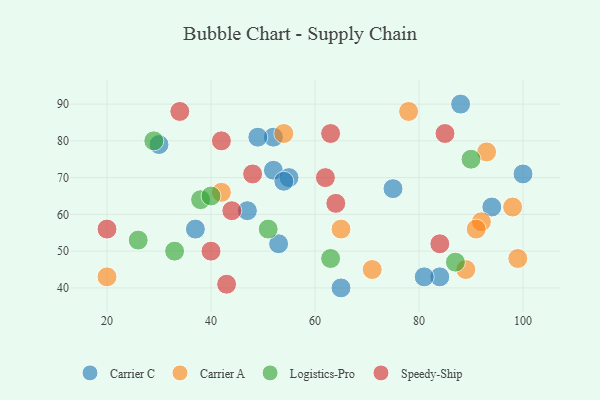
{"axis": {"x": "GDP", "y": "Life Expectancy"}, "legend": ["Carrier A", "Carrier C", "Logistics-Pro", "Speedy-Ship"], "data": [{"x": "30", "y": 79, "type": "Carrier C"}, {"x": "65", "y": 40, "type": "Carrier C"}, {"x": "88", "y": 90, "type": "Carrier C"}, {"x": "37", "y": 56, "type": "Carrier C"}, {"x": "52", "y": 72, "type": "Carrier C"}, {"x": "100", "y": 71, "type": "Carrier C"}, {"x": "75", "y": 67, "type": "Carrier C"}, {"x": "47", "y": 61, "type": "Carrier C"}, {"x": "84", "y": 43, "type": "Carrier C"}, {"x": "55", "y": 70, "type": "Carrier C"}, {"x": "52", "y": 81, "type": "Carrier C"}, {"x": "81", "y": 43, "type": "Carrier C"}, {"x": "94", "y": 62, "type": "Carrier C"}, {"x": "54", "y": 69, "type": "Carrier C"}, {"x": "49", "y": 81, "type": "Carrier C"}, {"x": "53", "y": 52, "type": "Carrier C"}, {"x": "20", "y": 43, "type": "Carrier A"}, {"x": "65", "y": 56, "type": "Carrier A"}, {"x": "54", "y": 82, "type": "Carrier A"}, {"x": "93", "y": 77, "type": "Carrier A"}, {"x": "98", "y": 62, "type": "Carrier A"}, {"x": "78", "y": 88, "type": "Carrier A"}, {"x": "99", "y": 48, "type": "Carrier A"}, {"x": "92", "y": 58, "type": "Carrier A"}, {"x": "91", "y": 56, "type": "Carrier A"}, {"x": "42", "y": 66, "type": "Carrier A"}, {"x": "71", "y": 45, "type": "Carrier A"}, {"x": "89", "y": 45, "type": "Carrier A"}, {"x": "29", "y": 80, "type": "Logistics-Pro"}, {"x": "26", "y": 53, "type": "Logistics-Pro"}, {"x": "51", "y": 56, "type": "Logistics-Pro"}, {"x": "38", "y": 64, "type": "Logistics-Pro"}, {"x": "63", "y": 48, "type": "Logistics-Pro"}, {"x": "90", "y": 75, "type": "Logistics-Pro"}, {"x": "33", "y": 50, "type": "Logistics-Pro"}, {"x": "40", "y": 65, "type": "Logistics-Pro"}, {"x": "87", "y": 47, "type": "Logistics-Pro"}, {"x": "64", "y": 63, "type": "Speedy-Ship"}, {"x": "84", "y": 52, "type": "Speedy-Ship"}, {"x": "20", "y": 56, "type": "Speedy-Ship"}, {"x": "34", "y": 88, "type": "Speedy-Ship"}, {"x": "48", "y": 71, "type": "Speedy-Ship"}, {"x": "43", "y": 41, "type": "Speedy-Ship"}, {"x": "62", "y": 70, "type": "Speedy-Ship"}, {"x": "40", "y": 50, "type": "Speedy-Ship"}, {"x": "85", "y": 82, "type": "Speedy-Ship"}, {"x": "42", "y": 80, "type": "Speedy-Ship"}, {"x": "44", "y": 61, "type": "Speedy-Ship"}, {"x": "63", "y": 82, "type": "Speedy-Ship"}]}